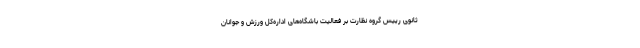
ثانوی رییس گروه نظارت بر فعالیت باشگاه‌های اداره‌کل ورزش و جوانان